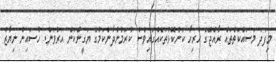
މިފަދަ މަސައްކަތްތައް ރާއްޖޭގެ ހުރިހާ ކަންކޮޅުތަކެއްގައިވެސް ކުރަމުންދާނެކަމުގެ ޔަގީންކަން އަރުވަން. ހުސައިން ނިޔާޒު